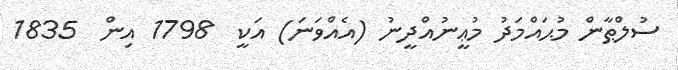
ސުލްޠާން މުޙައްމަދު މުޢީނުއްދީނު (އެއްވަނަ) އަކީ  1798 އިން  1835